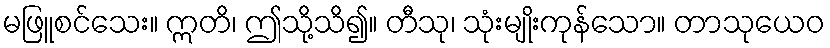
မဖြူစင်သေး။ ဣတိ၊ ဤသို့သိ၍။ တီသု၊ သုံးမျိုးကုန်သော။ တာသုယေဝ